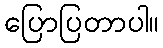
ပြောပြတာပါ။